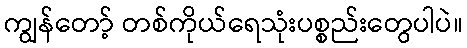
ကျွန်တော့် တစ်ကိုယ်ရေသုံးပစ္စည်းတွေပါပဲ။